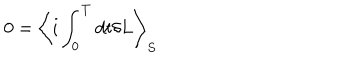
0 = \left< i \int _ { 0 } ^ { T } d t \delta L \right> _ { S }